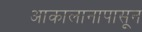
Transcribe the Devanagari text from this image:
आकालानापासून